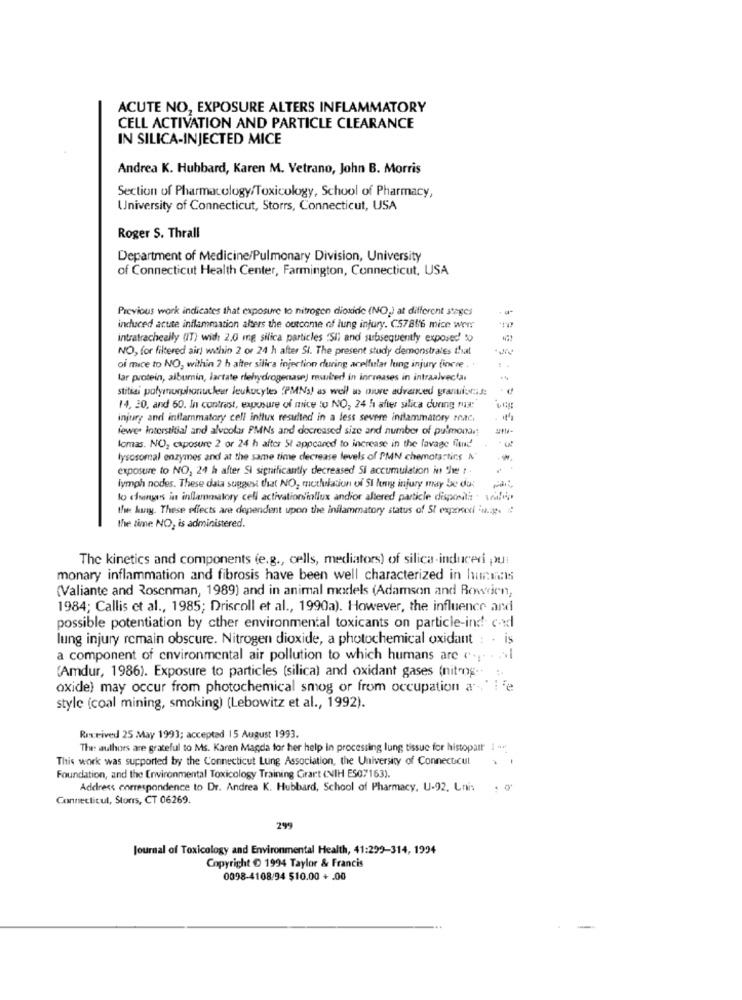
ACUTE NO, EXPOSURE ALTERS INFLAMMATORY
CELL ACTIVATION AND PARTICLE CLEARANCE
IN SILICA-INJECTED MICE
Andrea K. Hubbard, Karen M. Vetrano, John B. Morris
Section of Pharmacology/Toxicology, School of Pharmacy,
University of Connecticut, Storrs, Connecticut, USA
Roger S. Thrall
Department of Medicine/Pulmonary Division, University
of Connecticut Health Center, Farmington, Connecticut, USA
Previous work indicates that exposure to nitrogen dioxide (NO,) at different stages
induced acute inflammation alters the outcome of lung injury. C57816 mice werr
intratracheally (IT) wid: 2.0 mg silica particles 'SIl and subsequently exposed' &
NO, for filtered air) within 2 or 24 h after St. The present study demonstrates that
..
of mice to NO, within 2 h alter silica injection during acellular lung injury force ..
tar protein, albumin, lartate rlehydrogenase) resulted in increases in intraalvectai
stitial polymuchonuclear leukocytes (PMNs) as well as more advanced grantici !:
14, 20, and 60. In contrast, exposure of mice to NO, 24 h after silica during rus:
injury and inflammatory cell influx resulted in a less severe inflammatory matc.
fewer interstitial and alveolar PMNs and decreased size and number of pulmonar
lomas. NO, exposure 2 or 24 h after St appeared to increase in the lavage fiund
lysosomal enzymes and at the same time decrease levels of PMN chemotactics A
exposure to NO, 24 h after SI significantly decreased Si accumulation in the t .
lymph nodes. These data suggest that NO, modulation of SI long injury may be du
to changes in inflammatory cell activationinflux andior altered particle dispositie vilig
the huy. These effects are dependent upon the inflammatory status of St exponeri u.g. :
the time NO, is administered.
The kinetics and components (e.g ., cells, mediators) of silica-induced pui
monary inflammation and fibrosis have been well characterized in hucmas
(Valiante and Rosenman, 1989) and in animal models (Adamson and Rowden,
1984; Callis et al ., 1985; Driscoll et al ., 1990a). However, the influence and
possible potentiation by cther environmental toxicants on particle-ind card
lung injury remain obscure. Nitrogen dioxide, a photochemical oxidant : - is
a component of environmental air pollution to which humans are e .. . .
(Amdur, 1986). Exposure to particles (silica) and oxidant gases (nitrog .. ..
oxide) may occur from photochemical smog or from occupation a -- ' i'e
style (coal mining, smoking) (Lebowitz et al ., 1992).
Received 25 May 1993; accepted 15 August 1993.
The: authors are grateful to Ms. Karen Magda for her help in processing lung tissue for histopatt ! ...
This work was supported by the Connecticut Lung Association, the University of Connecticut
Foundation, and the Environmental Toxicology Training Grart (NIH ES07163).
Address correspondence to Dr. Andrea K. Hubbard, School of Pharmacy, U-92, Unis , o
Connectitul, Stors, CT 06269.
299
Journal of Toxicology and Environmental Health, 41:299-314, 1994
Copyright O 1994 Taylor & Francis
0098-4108/94 510.00 + .00